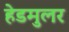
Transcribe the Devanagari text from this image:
हेडमुलर